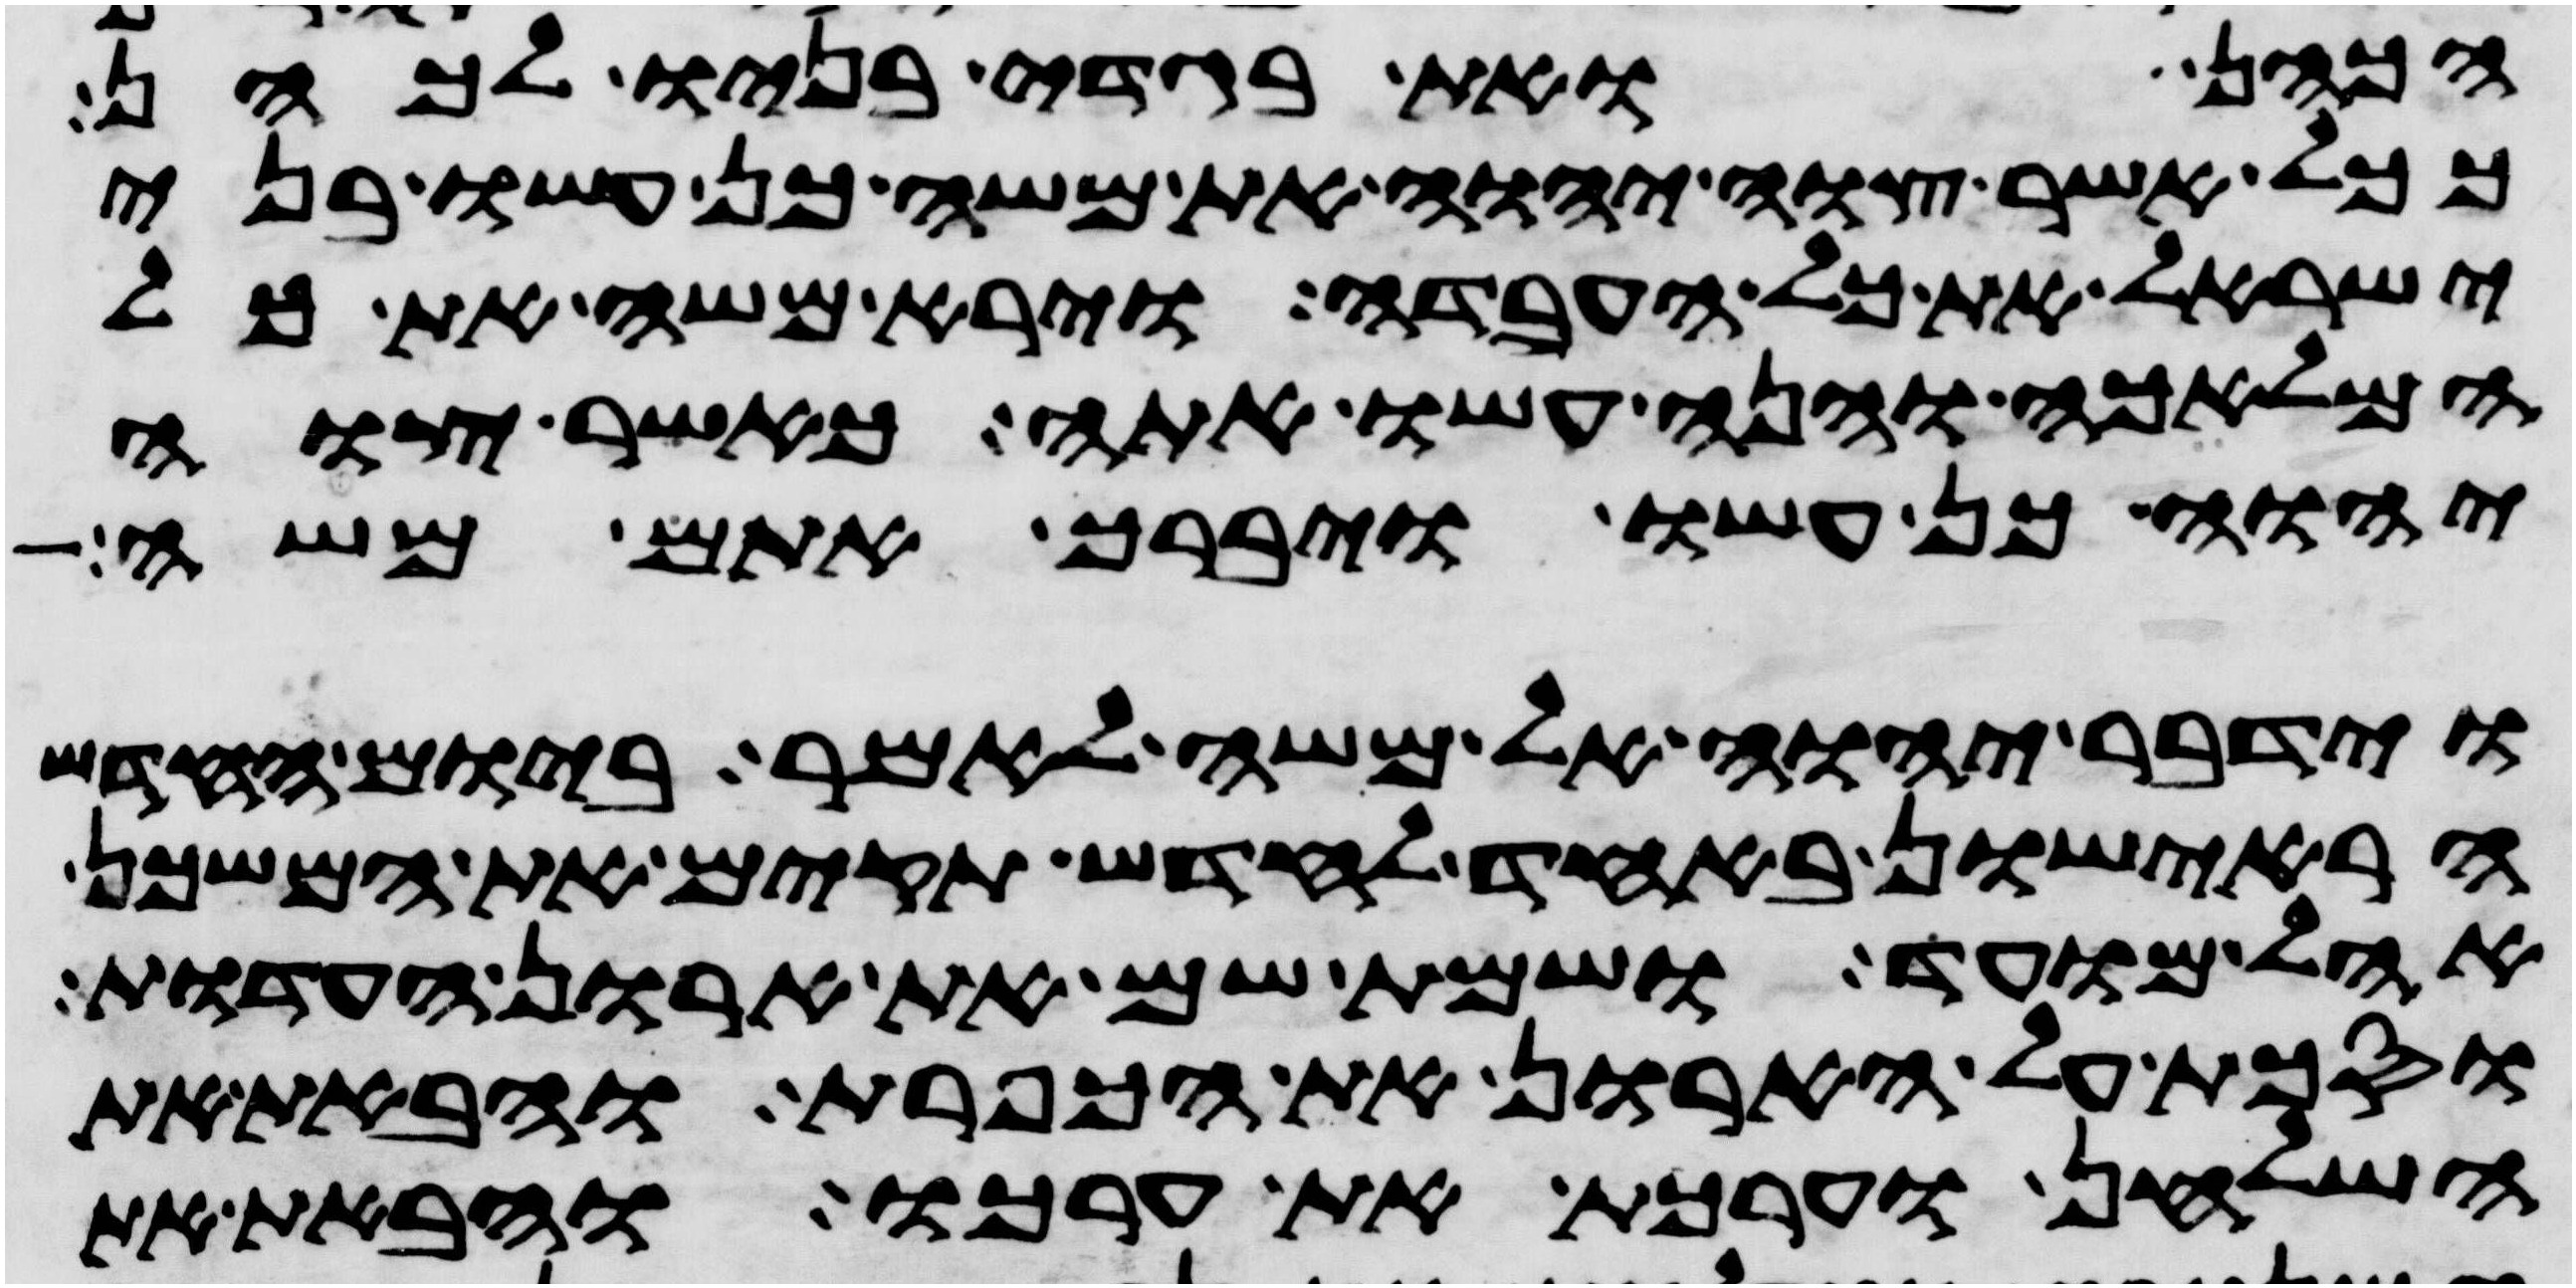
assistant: הכהן ואת בגדי בניו לכהן
ככל אשר צוה יהוה את משה כן עשו בני
ישראל את כל העבדה וירא משה את כל
המלאכה והנה עשו אתה כאשר צוה
יהוה כן עשו ויברך אתם משה
וידבר יהוה אל משה לאמר ביום החדש
הראישון באחד לחדש תקים את המשכן
אהל מועד ושמת שם את ארון העדות
וסכת על הארון את הכפרת והבאת את
השלחן וערכת את ערכו והבאת את